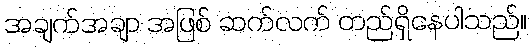
အချက်အချာ အဖြစ် ဆက်လက် တည်ရှိနေပါသည်။